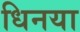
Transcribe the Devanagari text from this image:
धिनया